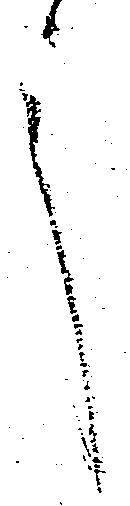
言